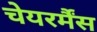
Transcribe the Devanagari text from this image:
चेयरर्मैंस